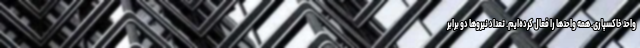
واحد خاکسپاری. همه واحدها را فعال کرده‌ایم. تعداد نیروها دو برابر